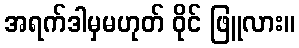
အရက်ဒါမှမဟုတ် ဝိုင် ဖြူလား။